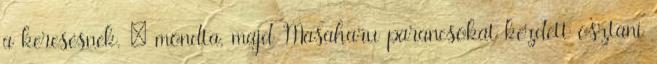
a keresésnek. – mondta, majd Masaharu parancsokat kezdett osztani